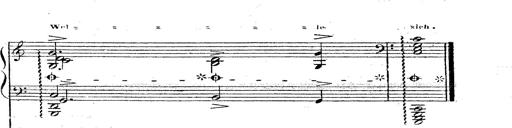
Title: 12 Lieder von Franz Schubert
Composer: Franz Liszt